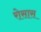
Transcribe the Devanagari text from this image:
रोसास